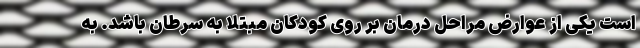
است یکی از عوارض مراحل درمان بر روی کودکان مبتلا به سرطان باشد. به